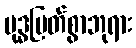
ဗုဒ္ဓမြတ်စွာဘုရား